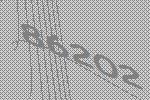
86202